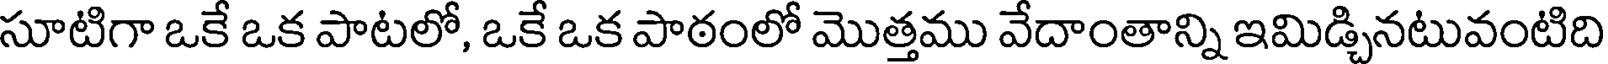
సూటిగా ఒకే ఒక పాటలో, ఒకే ఒక పాఠంలో మొత్తము వేదాంతాన్ని ఇమిడ్చినటువంటిది